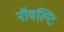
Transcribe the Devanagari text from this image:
नॉवल्टि